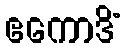
ဧကောဒိံ